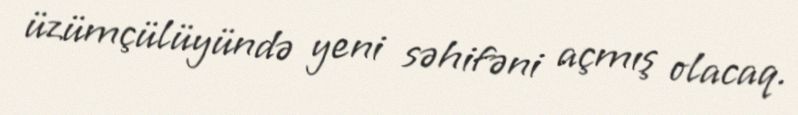
üzümçülüyündə yeni səhifəni açmış olacaq.